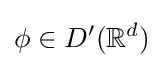
\phi \in D'(\mathbb {R} ^{d})